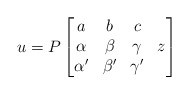
\begin{align*}u=P\begin{bmatrix} a & b & c &\\ \alpha & \beta & \gamma & z\\ \alpha' & \beta' & \gamma' & \end{bmatrix}\end{align*}